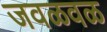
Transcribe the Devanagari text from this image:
जवळवळ